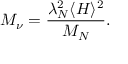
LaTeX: M _ { \nu } = \frac { \lambda _ { N } ^ { 2 } \langle H \rangle ^ { 2 } } { M _ { N } } .